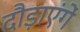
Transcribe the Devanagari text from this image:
दौड़ाएंगें